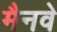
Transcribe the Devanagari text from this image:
मैनवे